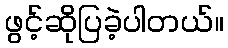
ဖွင့်ဆိုပြခဲ့ပါတယ်။